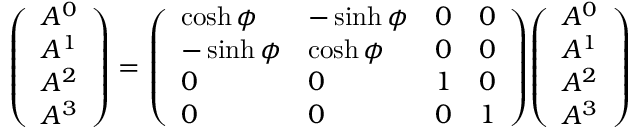
{ \left( \begin{array} { l } { A ^ { 0 } } \\ { A ^ { 1 } } \\ { A ^ { 2 } } \\ { A ^ { 3 } } \end{array} \right) } = { \left( \begin{array} { l l l l } { \cosh \phi } & { - \sinh \phi } & { 0 } & { 0 } \\ { - \sinh \phi } & { \cosh \phi } & { 0 } & { 0 } \\ { 0 } & { 0 } & { 1 } & { 0 } \\ { 0 } & { 0 } & { 0 } & { 1 } \end{array} \right) } { \left( \begin{array} { l } { A ^ { 0 } } \\ { A ^ { 1 } } \\ { A ^ { 2 } } \\ { A ^ { 3 } } \end{array} \right) }